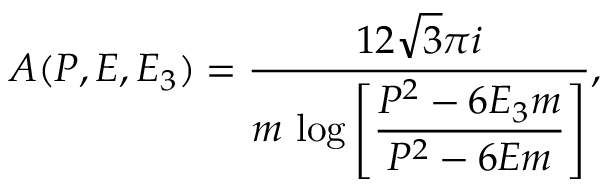
A ( P , E , E _ { 3 } ) = { \frac { 1 2 \sqrt { 3 } \pi i } { m ~ \displaystyle { \log \left[ { \frac { P ^ { 2 } - 6 E _ { 3 } m } { P ^ { 2 } - 6 E m } } \right] } } } ,